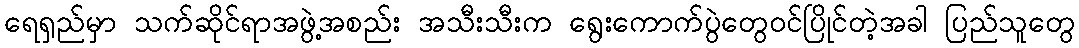
ရေရှည်မှာ သက်ဆိုင်ရာအဖွဲ့အစည်း အသီးသီးက ရွေးကောက်ပွဲတွေဝင်ပြိုင်တဲ့အခါ ပြည်သူတွေ